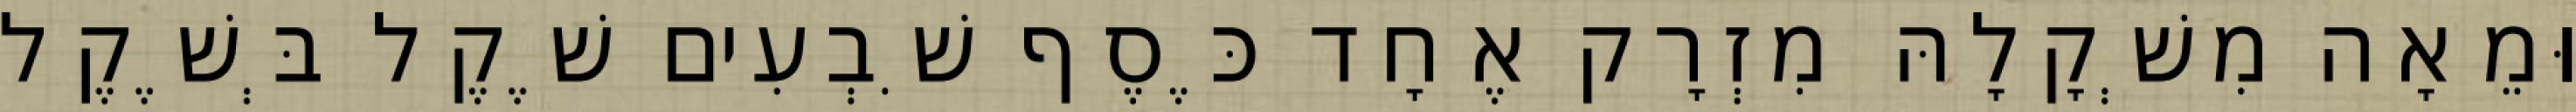
וּמֵאָה מִשְׁקָלָהּ מִזְרָק אֶחָד כֶּסֶף שִׁבְעִים שֶׁקֶל בְּשֶׁקֶל